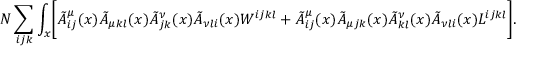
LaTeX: N \sum _ { i j k } \int _ { x } \Biggl [ \tilde { A } _ { i j } ^ { \mu } ( x ) \tilde { A } _ { \mu k l } ( x ) \tilde { A } _ { j k } ^ { \nu } ( x ) \tilde { A } _ { \nu l i } ( x ) W ^ { i j k l } + \tilde { A } _ { i j } ^ { \mu } ( x ) \tilde { A } _ { \mu j k } ( x ) \tilde { A } _ { k l } ^ { \nu } ( x ) \tilde { A } _ { \nu l i } ( x ) L ^ { i j k l } \Biggr ] .